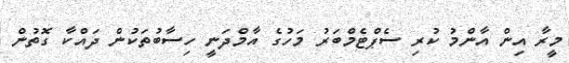
މީރާ އިން އާންމު ކުރި ސެޕްޓެމްބަރު މަހުގެ އާމްދަނީ ހިސާބުތަކުން ދައްކާ ގޮތުން